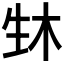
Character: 𬎳